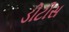
ડીટીસ